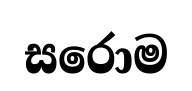
සරොම